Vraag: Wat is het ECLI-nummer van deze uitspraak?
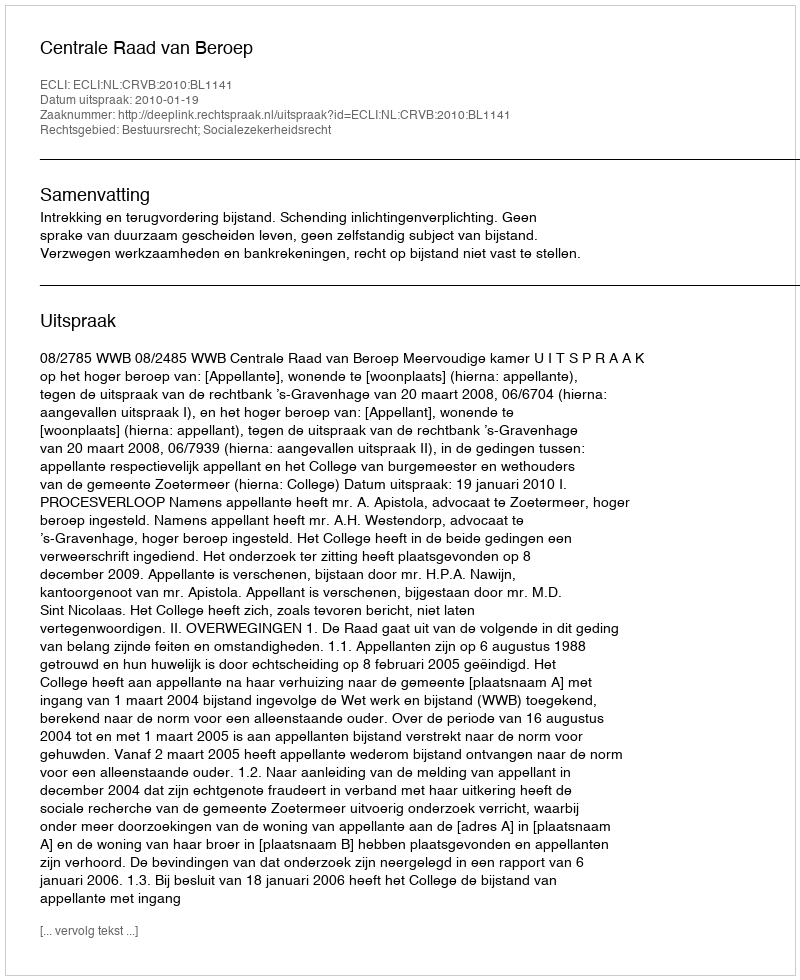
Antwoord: ECLI:NL:CRVB:2010:BL1141